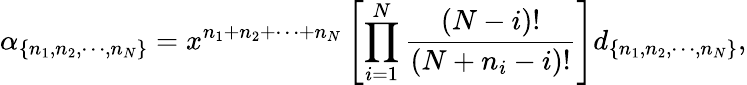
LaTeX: \alpha_{\{ n_{1},n_{2},\cdots,n_{N}\} }=x^{n_{1}+n_{2}+\cdots+n_{N}}\left[\prod_{i=1}^{N}\frac{(N-i)!}{(N+n_{i}-i)!}\right]d_{\{ n_{1},n_{2},\cdots,n_{N}\} },